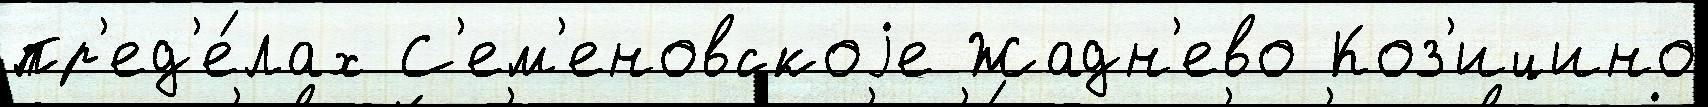
пр'ед'е́лах С'ем'еновскоjе Жадн'ево Коз'ицино